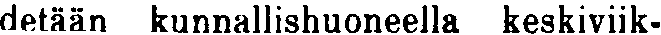
detään kunnallishuoneella keskiviik-